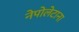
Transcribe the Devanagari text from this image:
नेपोलेटाना